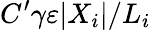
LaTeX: C^{\prime}\gamma\varepsilon|X_{i}|/L_{i}